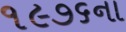
૧૯૭૬ના